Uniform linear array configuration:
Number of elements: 4
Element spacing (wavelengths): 0.5
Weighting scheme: blackman
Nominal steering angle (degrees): -15
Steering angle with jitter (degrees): -14.108
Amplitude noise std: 0.05
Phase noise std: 0.05

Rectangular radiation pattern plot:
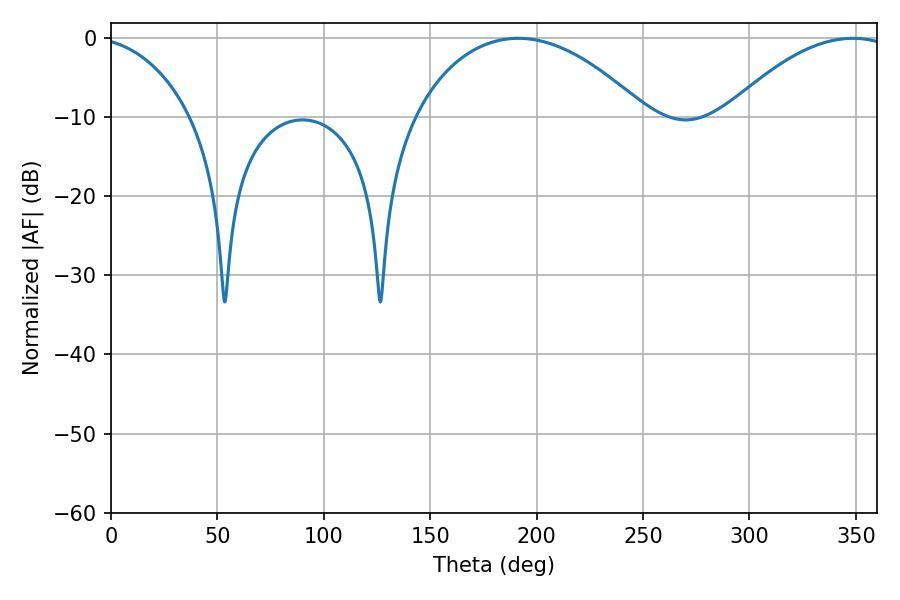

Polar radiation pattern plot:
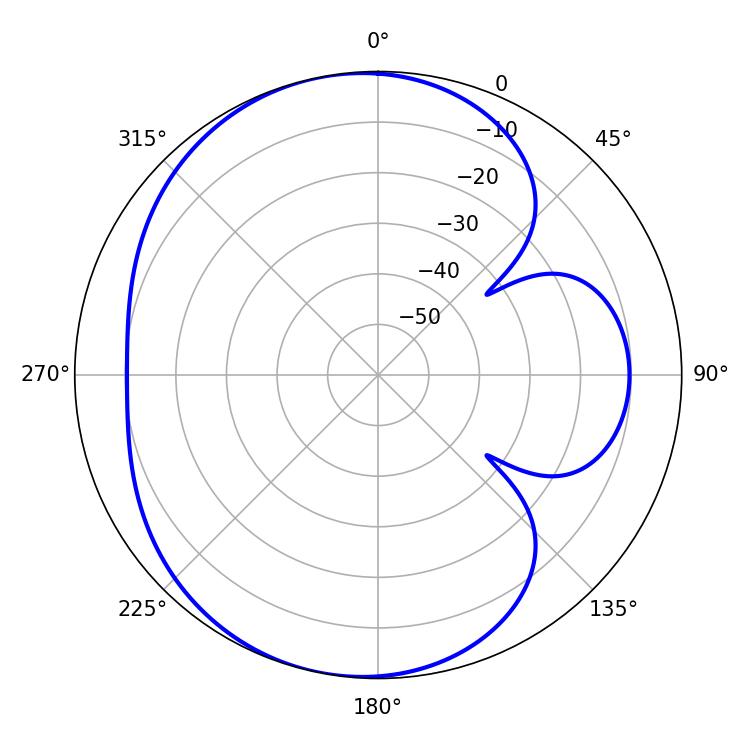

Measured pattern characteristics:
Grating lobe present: FALSE
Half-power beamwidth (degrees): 61.74
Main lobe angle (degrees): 191.34